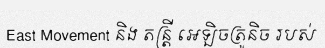
East Movement និង តន្ត្រី អេឡិចត្រូនិច របស់